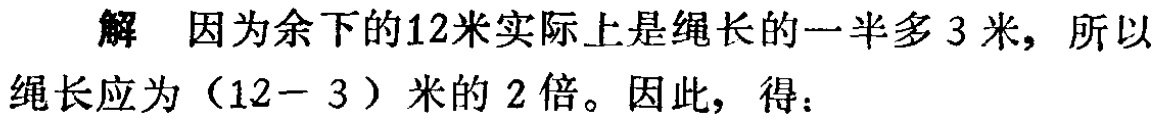
解 因为余下的12米实际上是绳长的一半多3米, 所以绳长应为（12− 3）米的2倍。因此，得：